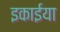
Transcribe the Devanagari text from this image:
इकाईया